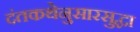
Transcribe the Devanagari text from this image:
दंतकथेनुसारसुद्धा